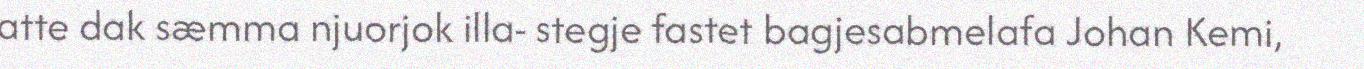
atte dak sæmma njuorjok illa- stegje fastet bagjesabmelafa Johan Kemi,